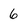
Character: 6